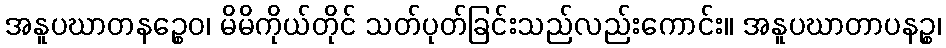
အနူပဃာတနဉ္စေဝ၊ မိမိကိုယ်တိုင် သတ်ပုတ်ခြင်းသည်လည်းကောင်း။ အနူပဃာတာပနဉ္စ၊